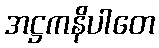
အဋ္ဌကနိပါတေ